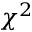
\chi ^ { 2 }